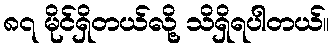
၈၇ မိုင်ရှိတယ်လို့ သိရှိရပါတယ်။